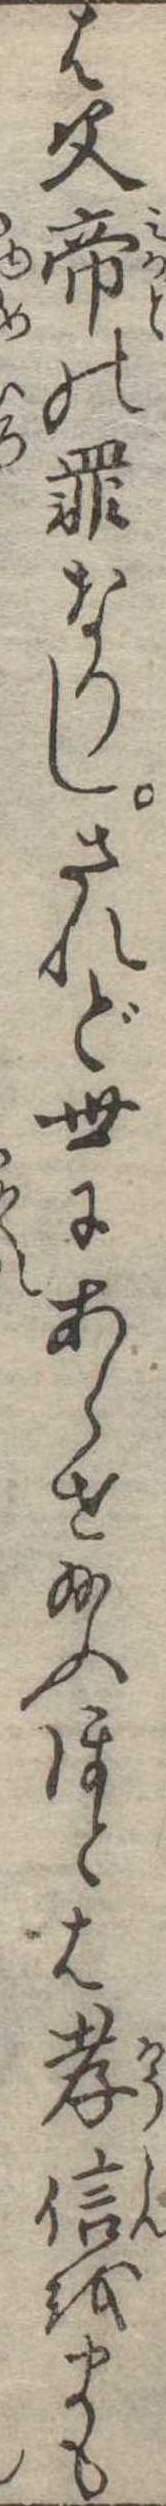
は父帝の罪なりしされど世にあらせ給ふほとは孝信をまも